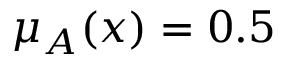
\mu _ { A } ( x ) = 0 . 5